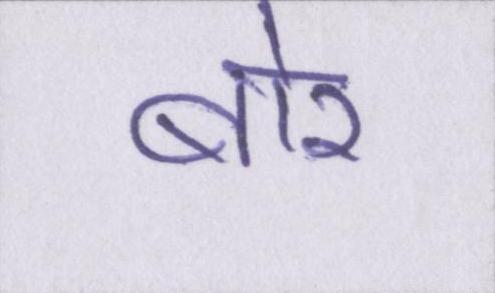
बोर